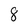
Character: 8